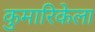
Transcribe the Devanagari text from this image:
कुमारिकेला